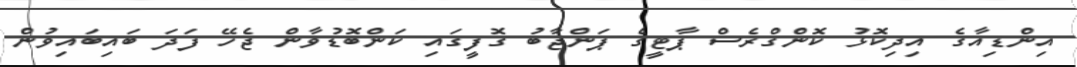
އިންޑިއާގެ އިދިކޮޅު ކޮންގްރެސް ޕާޓީގެ ޕަންޖާބު ގޮފީގައި ކަންބޮޑުވާން ޖެހޭ ފަދަ ބައިބައިވުން